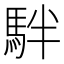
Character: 𩢔